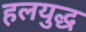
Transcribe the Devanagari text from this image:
हलयुद्ध